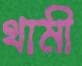
থামী